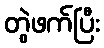
တွဲဖက်ပြီး